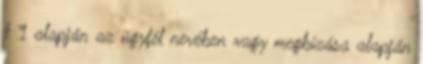
§ 1 alapján az ügyfél nevében vagy megbízása alapján